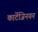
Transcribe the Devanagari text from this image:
कार्टेजिनयन